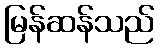
မြန်ဆန်သည်